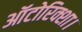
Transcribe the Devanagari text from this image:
ऑटोरिक्शा।